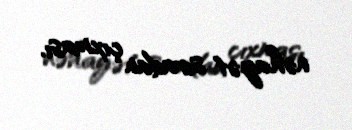
nəhayət sıradan çıxması.